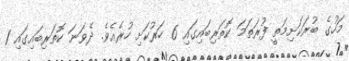
މަހުގެ ބުރަކަށިމަތީ ފުރަތަމަ ކޮތަރިބައިގައި 6 ހަރުކަށި ހުރެއެވެ. ދެވަނަ ކޮތަރިބައިގައި 1